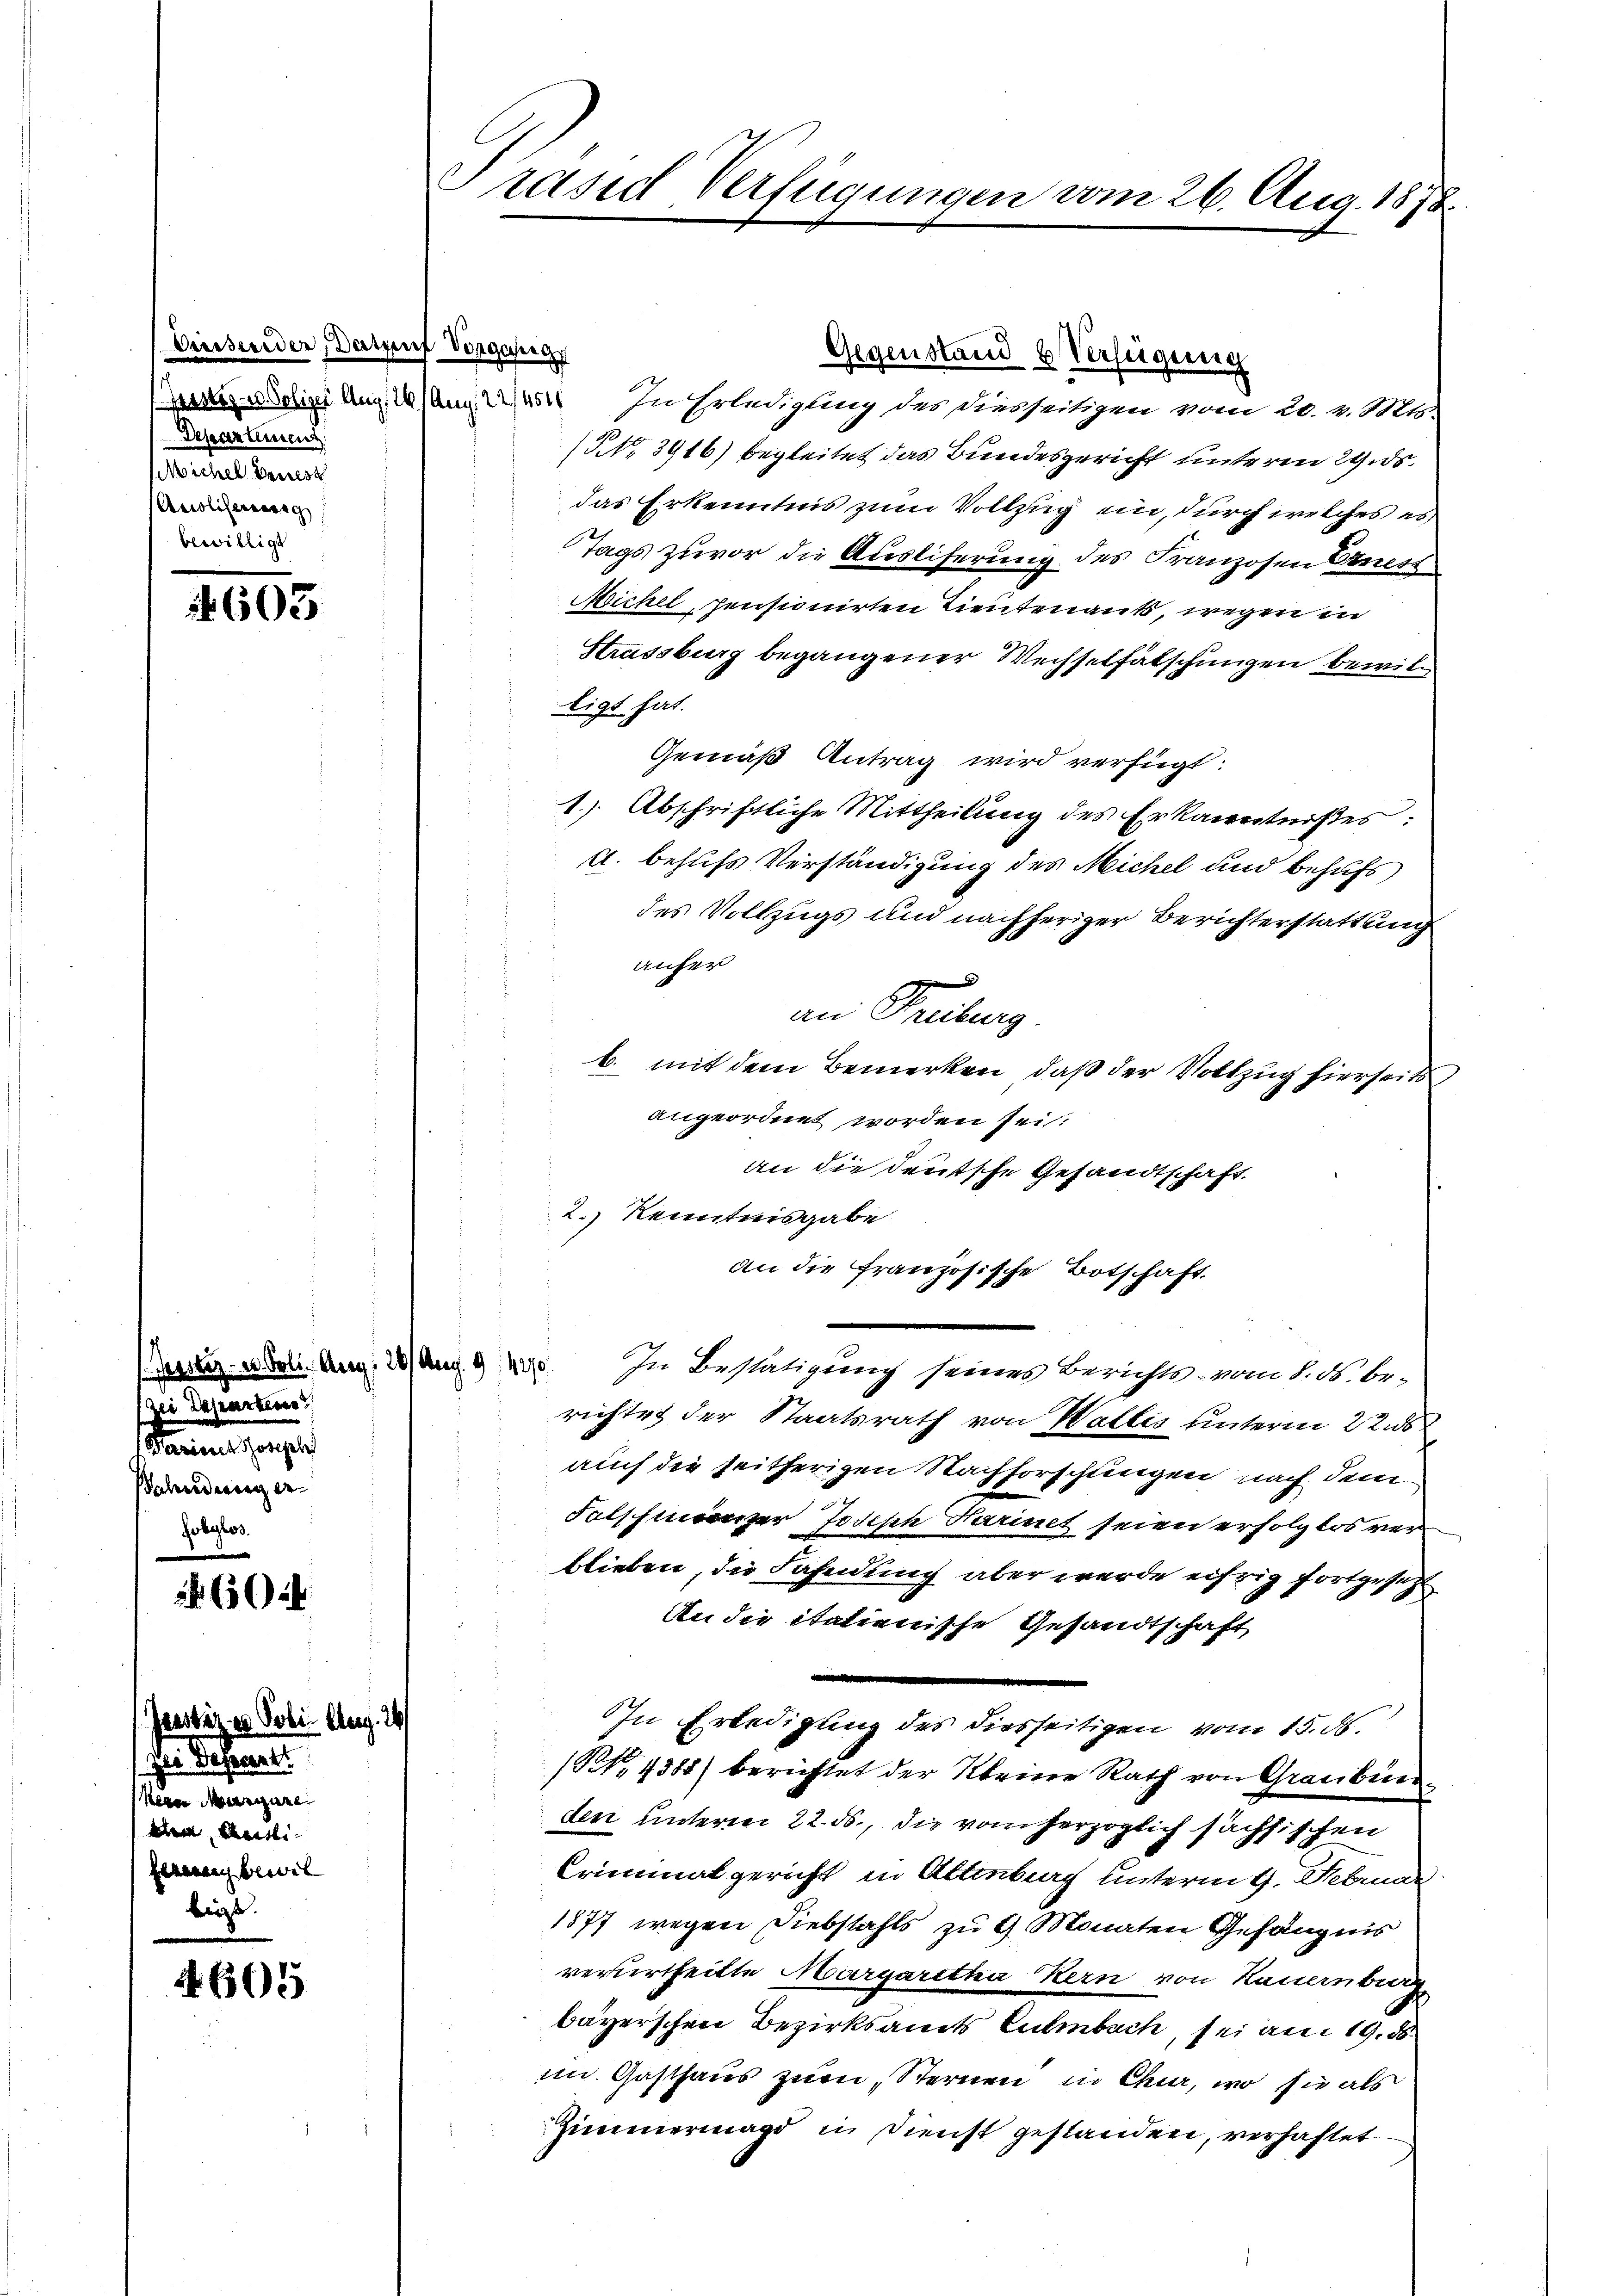
Einsenden, daruf Vorgasige
Departemen
Michel Bauest
Auoliserweig
bewilligt

603

Zei Departen
Tannes ange
ahndung er- |

6644

Jaustiz u. Sobi Aug. 14
/ Die Depart.
Kerne Merzigene
dem Antli¬
Herren bewil
big.

A 605

Präsid Verfügungen vom 26. Aug. 1878.

Gegenstand 6 Verfügung
es Schini Aug. 191 n 22/454. In Erledigung des diesseitigen vom 20. v. Mts.
NNo. 3916) begleitet das Bundesgericht unteren 29. ds.
das Erkenntnis zum Vollzug ein, durch welches es
Tags zuvor die Ausliferung des Franzosen Ernest
Michel, pensionirten Lieutenants, wegen in
Strassburg begangener Wechselfälschungen bewilligt hat.
Gemäß Antrag wird verfügt:
1.) Abschriftliche Mittheilung des Erkanntnißes
d. behufs Verständigung des Michel und behufs
des Vollzugs und nachheriger Berichterstattung
anher
|
an Freiburg.
b. mit dem Bemerken, daß der Vollzug hierseits
angeordnet worden sei.
an die deutsche Gesandtschaft.
2.) Kenntnisgabe
an die französische Botschaft
Werden. Am 20 Aug. 140. In Bestätigung seines Berichts vom 1. M. be-
richtet der Staatsrath von Wallis unterm 22. d
auch die seitherigen Nachforschlingen nach dem
Folshmunzer Josisch darinet seien erfolglos ver
blieben, die Fahndung aber werde eifrig fortgesetzt
An die italienische Gesandtschaft
In Erledigung des diesseitigen vom 15. d.
(S. 4388) berichtet der Kleine Rath von Graubün
den unterm 22. ds., die vom herzoglich sächsischen
Criminalgericht in Altenburg unterm 4. Februar
1877 wegen Diebstahls zu 4 Monaten Gefängnis
verurtheilte Margaretha Kern von Hauernburg,
bayerschen Bezirksamts Culmbach, sei am 19. d
im Gasthaus zum Sternen in Chur, wo sie als
Zimmermagd in Dienst gestanden, verhaftet